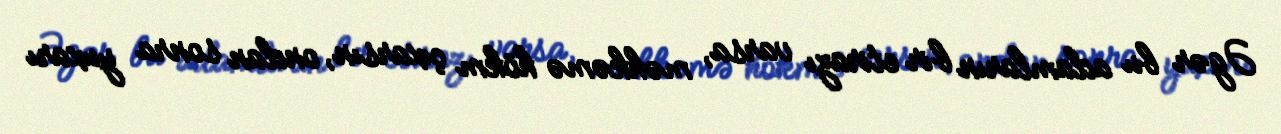
Əgər bu adamların bir etirazı varsa, məhkəmə hökm çıxarsın, ondan sonra yuxarı